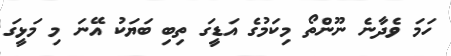
ހަމަ ވެދާނެ ނޫންތޯ މިކަމުގެ އަޑީގަ ތިބި ބަޔަކު އޭނަ މި މަޅީގަ